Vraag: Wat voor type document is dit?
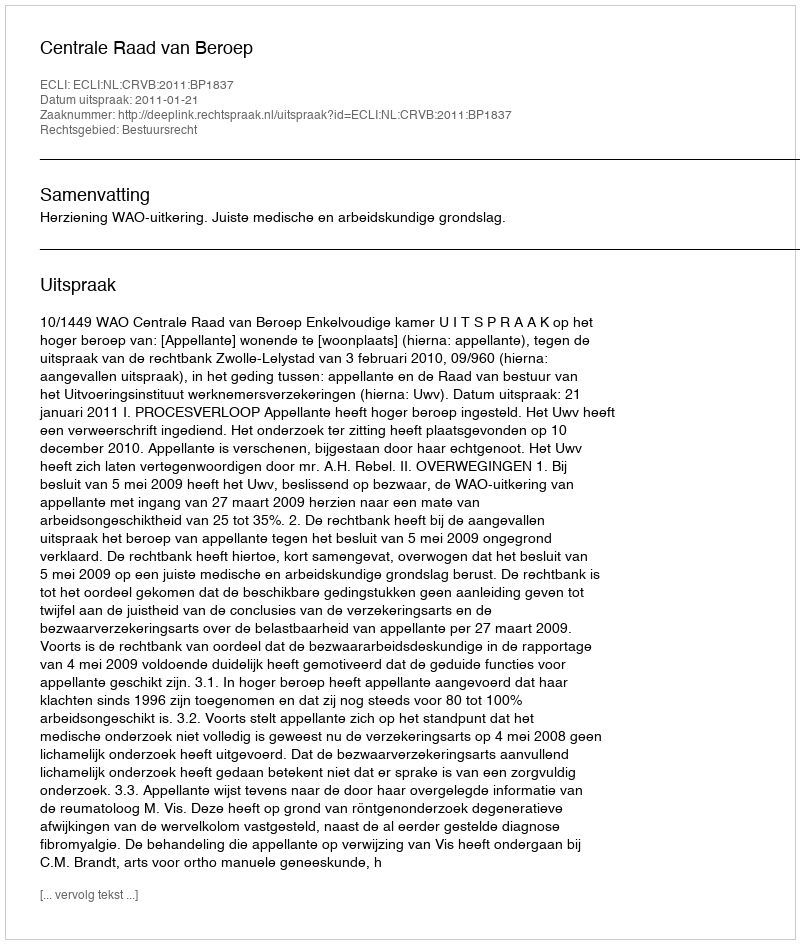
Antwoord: Uitspraak